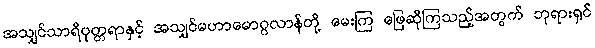
အသျှင်သာရိပုတ္တရာနှင့် အသျှင်မဟာမောဂ္ဂလာန်တို့ မေးကြ ဖြေဆိုကြသည့်အတွက် ဘုရားရှင်